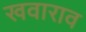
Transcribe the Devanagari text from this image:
खवाराव